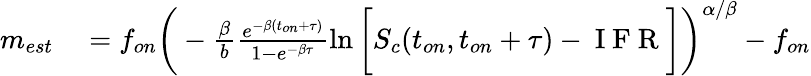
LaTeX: \begin{array}{rl}{m_{est}}&{{}=f_{on}\bigg(-\frac{\beta}{b}\frac{e^{-\beta(t_{on}+\tau)}}{1-e^{-\beta\tau}}\ln{\bigg[S_{c}(t_{on},t_{on}+\tau)-\mathrm{~I~F~R~}\bigg]}\bigg)^{\alpha/\beta}-f_{on}}\end{array}